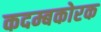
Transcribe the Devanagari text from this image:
कदम्बकोरक